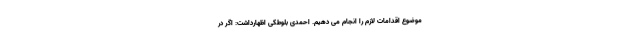
موضوع اقدامات لازم را انجام می دهیم. احمدی بلوطکی اظهارداشت: اگر در